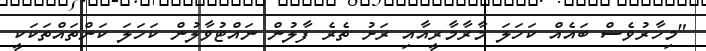
"މިހާރުވެސް ބައެއް ކަހަލަ މާރާމާރީއާއި ރަށު ތެރެ ފާލުން ނައްޓުވާލުން ކަހަލަ ކަންތައްތަކަކީ